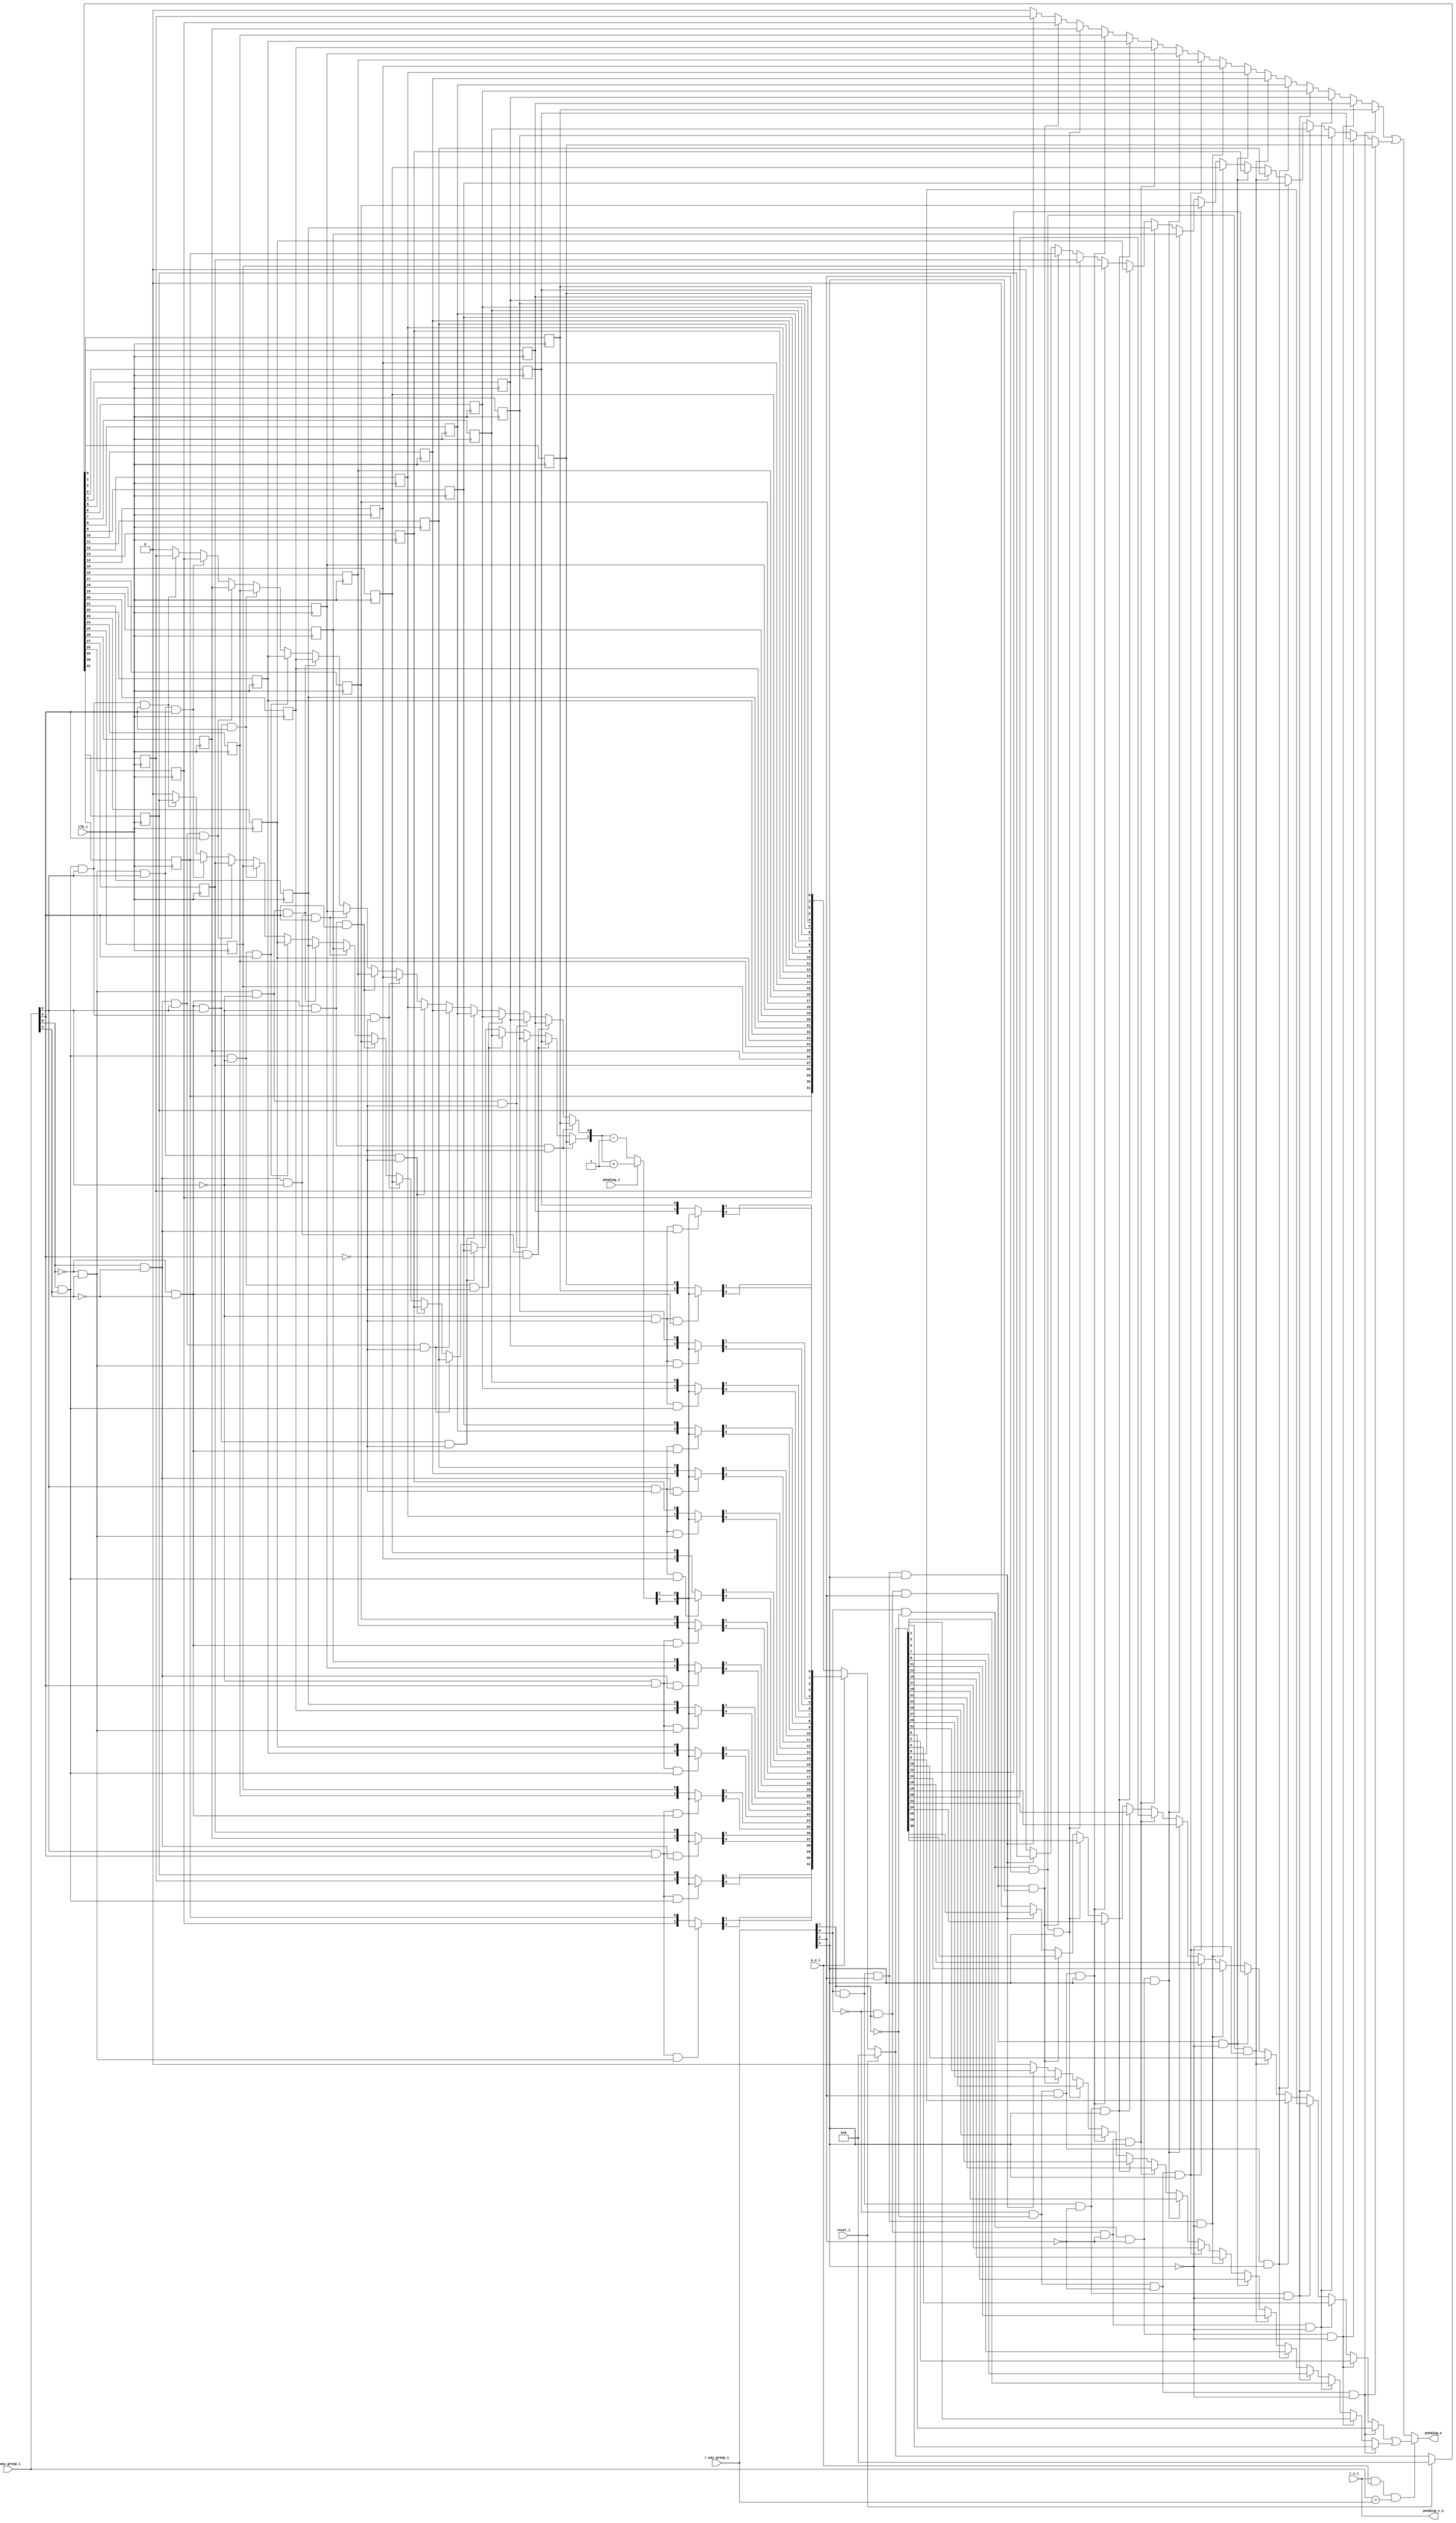
// This program was cloned from: https://github.com/NYU-MLDA/OpenABC
// License: BSD 3-Clause "New" or "Revised" License

module bp_cce_pending_num_way_groups_p16
(
  clk_i,
  reset_i,
  w_v_i,
  w_way_group_i,
  pending_i,
  r_v_i,
  r_way_group_i,
  pending_o,
  pending_v_o
);

  input [3:0] w_way_group_i;
  input [3:0] r_way_group_i;
  input clk_i;
  input reset_i;
  input w_v_i;
  input pending_i;
  input r_v_i;
  output pending_o;
  output pending_v_o;
  wire pending_o,pending_v_o,N0,N1,N2,N3,N4,N5,N6,N7,N8,N9,N10,N11,N12,N13,N14,N15,N16,
  N17,N18,N19,N20,N21,N22,N23,N24,N25,N26,N27,N28,N29,N30,N31,N32,N33,N34,N35,N36,
  N37,N38,N39,N40,N41,N42,N43,N44,N45,N46,N47,N48,N49,N50,N51,N52,N53,N54,N55,N56,
  N57,N58,N59,N60,N61,N62,N63,N64,N65,N66,N67,N68,N69,N70,N71,N72,N73,N74,N75,N76,
  N77,N78,N79,N80,N81,N82,N83,N84,N85,N86,N87,N88,N89,N90,N91,N92,N93,N94,N95,N96,
  N97,N98,N99,N100,N101,N102,N103,N104,N105,N106,N107,N108,N109,N110,N111,N112,
  N113,N114,N115,N116,N117,N118,N119,N120,N121,N122,N123,N124,N125,N126,N127,N128,
  N129,N130,N131,N132,N133,N134,N135,N136,N137,N138,N139,N140,N141,N142,N143,N144,
  N145,N146,N147,N148,N149,N150,N151,N152,N153,N154,N155,N156,N157,N158,N159,N160,
  N161,N162,N163,N164,N165,N166,N167,N168,N169,N170,N171,N172,N173,N174,N175,N176,
  N177,N178,N179,N180,N181,N182,N183,N184,N185,N186,N187,N188,N189,N190,N191,N192,
  N193,N194,N195,N196,N197,N198,N199,N200,N201,N202,N203,N204,N205,N206,N207,N208,
  N209,N210,N211,N212,N213,N214,N215,N216,N217,N218,N219,N220,N221,N222,N223,N224,
  N225,N226,N227,N228,N229,N230,N231,N232,N233,N234,N235,N236,N237,N238,N239,N240,
  N241,N242,N243,N244,N245,N246,N247,N248,N249,N250,N251,N252,N253,N254,N255;
  wire [31:0] pending_bits_r,pending_bits_n;
  reg pending_bits_r_31_sv2v_reg,pending_bits_r_30_sv2v_reg,
  pending_bits_r_29_sv2v_reg,pending_bits_r_28_sv2v_reg,pending_bits_r_27_sv2v_reg,
  pending_bits_r_26_sv2v_reg,pending_bits_r_25_sv2v_reg,pending_bits_r_24_sv2v_reg,
  pending_bits_r_23_sv2v_reg,pending_bits_r_22_sv2v_reg,pending_bits_r_21_sv2v_reg,
  pending_bits_r_20_sv2v_reg,pending_bits_r_19_sv2v_reg,pending_bits_r_18_sv2v_reg,
  pending_bits_r_17_sv2v_reg,pending_bits_r_16_sv2v_reg,pending_bits_r_15_sv2v_reg,
  pending_bits_r_14_sv2v_reg,pending_bits_r_13_sv2v_reg,pending_bits_r_12_sv2v_reg,
  pending_bits_r_11_sv2v_reg,pending_bits_r_10_sv2v_reg,pending_bits_r_9_sv2v_reg,
  pending_bits_r_8_sv2v_reg,pending_bits_r_7_sv2v_reg,pending_bits_r_6_sv2v_reg,
  pending_bits_r_5_sv2v_reg,pending_bits_r_4_sv2v_reg,pending_bits_r_3_sv2v_reg,
  pending_bits_r_2_sv2v_reg,pending_bits_r_1_sv2v_reg,pending_bits_r_0_sv2v_reg;
  assign pending_bits_r[31] = pending_bits_r_31_sv2v_reg;
  assign pending_bits_r[30] = pending_bits_r_30_sv2v_reg;
  assign pending_bits_r[29] = pending_bits_r_29_sv2v_reg;
  assign pending_bits_r[28] = pending_bits_r_28_sv2v_reg;
  assign pending_bits_r[27] = pending_bits_r_27_sv2v_reg;
  assign pending_bits_r[26] = pending_bits_r_26_sv2v_reg;
  assign pending_bits_r[25] = pending_bits_r_25_sv2v_reg;
  assign pending_bits_r[24] = pending_bits_r_24_sv2v_reg;
  assign pending_bits_r[23] = pending_bits_r_23_sv2v_reg;
  assign pending_bits_r[22] = pending_bits_r_22_sv2v_reg;
  assign pending_bits_r[21] = pending_bits_r_21_sv2v_reg;
  assign pending_bits_r[20] = pending_bits_r_20_sv2v_reg;
  assign pending_bits_r[19] = pending_bits_r_19_sv2v_reg;
  assign pending_bits_r[18] = pending_bits_r_18_sv2v_reg;
  assign pending_bits_r[17] = pending_bits_r_17_sv2v_reg;
  assign pending_bits_r[16] = pending_bits_r_16_sv2v_reg;
  assign pending_bits_r[15] = pending_bits_r_15_sv2v_reg;
  assign pending_bits_r[14] = pending_bits_r_14_sv2v_reg;
  assign pending_bits_r[13] = pending_bits_r_13_sv2v_reg;
  assign pending_bits_r[12] = pending_bits_r_12_sv2v_reg;
  assign pending_bits_r[11] = pending_bits_r_11_sv2v_reg;
  assign pending_bits_r[10] = pending_bits_r_10_sv2v_reg;
  assign pending_bits_r[9] = pending_bits_r_9_sv2v_reg;
  assign pending_bits_r[8] = pending_bits_r_8_sv2v_reg;
  assign pending_bits_r[7] = pending_bits_r_7_sv2v_reg;
  assign pending_bits_r[6] = pending_bits_r_6_sv2v_reg;
  assign pending_bits_r[5] = pending_bits_r_5_sv2v_reg;
  assign pending_bits_r[4] = pending_bits_r_4_sv2v_reg;
  assign pending_bits_r[3] = pending_bits_r_3_sv2v_reg;
  assign pending_bits_r[2] = pending_bits_r_2_sv2v_reg;
  assign pending_bits_r[1] = pending_bits_r_1_sv2v_reg;
  assign pending_bits_r[0] = pending_bits_r_0_sv2v_reg;
  assign pending_v_o = r_v_i;

  always @(posedge clk_i) begin
    if(1'b1) begin
      pending_bits_r_31_sv2v_reg <= N63;
    end 
  end


  always @(posedge clk_i) begin
    if(1'b1) begin
      pending_bits_r_30_sv2v_reg <= N62;
    end 
  end


  always @(posedge clk_i) begin
    if(1'b1) begin
      pending_bits_r_29_sv2v_reg <= N61;
    end 
  end


  always @(posedge clk_i) begin
    if(1'b1) begin
      pending_bits_r_28_sv2v_reg <= N60;
    end 
  end


  always @(posedge clk_i) begin
    if(1'b1) begin
      pending_bits_r_27_sv2v_reg <= N59;
    end 
  end


  always @(posedge clk_i) begin
    if(1'b1) begin
      pending_bits_r_26_sv2v_reg <= N58;
    end 
  end


  always @(posedge clk_i) begin
    if(1'b1) begin
      pending_bits_r_25_sv2v_reg <= N57;
    end 
  end


  always @(posedge clk_i) begin
    if(1'b1) begin
      pending_bits_r_24_sv2v_reg <= N56;
    end 
  end


  always @(posedge clk_i) begin
    if(1'b1) begin
      pending_bits_r_23_sv2v_reg <= N55;
    end 
  end


  always @(posedge clk_i) begin
    if(1'b1) begin
      pending_bits_r_22_sv2v_reg <= N54;
    end 
  end


  always @(posedge clk_i) begin
    if(1'b1) begin
      pending_bits_r_21_sv2v_reg <= N53;
    end 
  end


  always @(posedge clk_i) begin
    if(1'b1) begin
      pending_bits_r_20_sv2v_reg <= N52;
    end 
  end


  always @(posedge clk_i) begin
    if(1'b1) begin
      pending_bits_r_19_sv2v_reg <= N51;
    end 
  end


  always @(posedge clk_i) begin
    if(1'b1) begin
      pending_bits_r_18_sv2v_reg <= N50;
    end 
  end


  always @(posedge clk_i) begin
    if(1'b1) begin
      pending_bits_r_17_sv2v_reg <= N49;
    end 
  end


  always @(posedge clk_i) begin
    if(1'b1) begin
      pending_bits_r_16_sv2v_reg <= N48;
    end 
  end


  always @(posedge clk_i) begin
    if(1'b1) begin
      pending_bits_r_15_sv2v_reg <= N47;
    end 
  end


  always @(posedge clk_i) begin
    if(1'b1) begin
      pending_bits_r_14_sv2v_reg <= N46;
    end 
  end


  always @(posedge clk_i) begin
    if(1'b1) begin
      pending_bits_r_13_sv2v_reg <= N45;
    end 
  end


  always @(posedge clk_i) begin
    if(1'b1) begin
      pending_bits_r_12_sv2v_reg <= N44;
    end 
  end


  always @(posedge clk_i) begin
    if(1'b1) begin
      pending_bits_r_11_sv2v_reg <= N43;
    end 
  end


  always @(posedge clk_i) begin
    if(1'b1) begin
      pending_bits_r_10_sv2v_reg <= N42;
    end 
  end


  always @(posedge clk_i) begin
    if(1'b1) begin
      pending_bits_r_9_sv2v_reg <= N41;
    end 
  end


  always @(posedge clk_i) begin
    if(1'b1) begin
      pending_bits_r_8_sv2v_reg <= N40;
    end 
  end


  always @(posedge clk_i) begin
    if(1'b1) begin
      pending_bits_r_7_sv2v_reg <= N39;
    end 
  end


  always @(posedge clk_i) begin
    if(1'b1) begin
      pending_bits_r_6_sv2v_reg <= N38;
    end 
  end


  always @(posedge clk_i) begin
    if(1'b1) begin
      pending_bits_r_5_sv2v_reg <= N37;
    end 
  end


  always @(posedge clk_i) begin
    if(1'b1) begin
      pending_bits_r_4_sv2v_reg <= N36;
    end 
  end


  always @(posedge clk_i) begin
    if(1'b1) begin
      pending_bits_r_3_sv2v_reg <= N35;
    end 
  end


  always @(posedge clk_i) begin
    if(1'b1) begin
      pending_bits_r_2_sv2v_reg <= N34;
    end 
  end


  always @(posedge clk_i) begin
    if(1'b1) begin
      pending_bits_r_1_sv2v_reg <= N33;
    end 
  end


  always @(posedge clk_i) begin
    if(1'b1) begin
      pending_bits_r_0_sv2v_reg <= N32;
    end 
  end

  assign N100 = (N84)? pending_bits_r[1] : 
                (N86)? pending_bits_r[3] : 
                (N88)? pending_bits_r[5] : 
                (N90)? pending_bits_r[7] : 
                (N92)? pending_bits_r[9] : 
                (N94)? pending_bits_r[11] : 
                (N96)? pending_bits_r[13] : 
                (N98)? pending_bits_r[15] : 
                (N85)? pending_bits_r[17] : 
                (N87)? pending_bits_r[19] : 
                (N89)? pending_bits_r[21] : 
                (N91)? pending_bits_r[23] : 
                (N93)? pending_bits_r[25] : 
                (N95)? pending_bits_r[27] : 
                (N97)? pending_bits_r[29] : 
                (N99)? pending_bits_r[31] : 1'b0;
  assign N101 = (N84)? pending_bits_r[0] : 
                (N86)? pending_bits_r[2] : 
                (N88)? pending_bits_r[4] : 
                (N90)? pending_bits_r[6] : 
                (N92)? pending_bits_r[8] : 
                (N94)? pending_bits_r[10] : 
                (N96)? pending_bits_r[12] : 
                (N98)? pending_bits_r[14] : 
                (N85)? pending_bits_r[16] : 
                (N87)? pending_bits_r[18] : 
                (N89)? pending_bits_r[20] : 
                (N91)? pending_bits_r[22] : 
                (N93)? pending_bits_r[24] : 
                (N95)? pending_bits_r[26] : 
                (N97)? pending_bits_r[28] : 
                (N99)? pending_bits_r[30] : 1'b0;
  assign N104 = (N84)? pending_bits_r[1] : 
                (N86)? pending_bits_r[3] : 
                (N88)? pending_bits_r[5] : 
                (N90)? pending_bits_r[7] : 
                (N92)? pending_bits_r[9] : 
                (N94)? pending_bits_r[11] : 
                (N96)? pending_bits_r[13] : 
                (N98)? pending_bits_r[15] : 
                (N85)? pending_bits_r[17] : 
                (N87)? pending_bits_r[19] : 
                (N89)? pending_bits_r[21] : 
                (N91)? pending_bits_r[23] : 
                (N93)? pending_bits_r[25] : 
                (N95)? pending_bits_r[27] : 
                (N97)? pending_bits_r[29] : 
                (N99)? pending_bits_r[31] : 1'b0;
  assign N105 = (N84)? pending_bits_r[0] : 
                (N86)? pending_bits_r[2] : 
                (N88)? pending_bits_r[4] : 
                (N90)? pending_bits_r[6] : 
                (N92)? pending_bits_r[8] : 
                (N94)? pending_bits_r[10] : 
                (N96)? pending_bits_r[12] : 
                (N98)? pending_bits_r[14] : 
                (N85)? pending_bits_r[16] : 
                (N87)? pending_bits_r[18] : 
                (N89)? pending_bits_r[20] : 
                (N91)? pending_bits_r[22] : 
                (N93)? pending_bits_r[24] : 
                (N95)? pending_bits_r[26] : 
                (N97)? pending_bits_r[28] : 
                (N99)? pending_bits_r[30] : 1'b0;
  assign N206 = w_way_group_i == r_way_group_i;
  assign N241 = (N225)? pending_bits_n[1] : 
                (N227)? pending_bits_n[3] : 
                (N229)? pending_bits_n[5] : 
                (N231)? pending_bits_n[7] : 
                (N233)? pending_bits_n[9] : 
                (N235)? pending_bits_n[11] : 
                (N237)? pending_bits_n[13] : 
                (N239)? pending_bits_n[15] : 
                (N226)? pending_bits_n[17] : 
                (N228)? pending_bits_n[19] : 
                (N230)? pending_bits_n[21] : 
                (N232)? pending_bits_n[23] : 
                (N234)? pending_bits_n[25] : 
                (N236)? pending_bits_n[27] : 
                (N238)? pending_bits_n[29] : 
                (N240)? pending_bits_n[31] : 1'b0;
  assign N242 = (N225)? pending_bits_n[0] : 
                (N227)? pending_bits_n[2] : 
                (N229)? pending_bits_n[4] : 
                (N231)? pending_bits_n[6] : 
                (N233)? pending_bits_n[8] : 
                (N235)? pending_bits_n[10] : 
                (N237)? pending_bits_n[12] : 
                (N239)? pending_bits_n[14] : 
                (N226)? pending_bits_n[16] : 
                (N228)? pending_bits_n[18] : 
                (N230)? pending_bits_n[20] : 
                (N232)? pending_bits_n[22] : 
                (N234)? pending_bits_n[24] : 
                (N236)? pending_bits_n[26] : 
                (N238)? pending_bits_n[28] : 
                (N240)? pending_bits_n[30] : 1'b0;
  assign N243 = (N225)? pending_bits_r[1] : 
                (N227)? pending_bits_r[3] : 
                (N229)? pending_bits_r[5] : 
                (N231)? pending_bits_r[7] : 
                (N233)? pending_bits_r[9] : 
                (N235)? pending_bits_r[11] : 
                (N237)? pending_bits_r[13] : 
                (N239)? pending_bits_r[15] : 
                (N226)? pending_bits_r[17] : 
                (N228)? pending_bits_r[19] : 
                (N230)? pending_bits_r[21] : 
                (N232)? pending_bits_r[23] : 
                (N234)? pending_bits_r[25] : 
                (N236)? pending_bits_r[27] : 
                (N238)? pending_bits_r[29] : 
                (N240)? pending_bits_r[31] : 1'b0;
  assign N244 = (N225)? pending_bits_r[0] : 
                (N227)? pending_bits_r[2] : 
                (N229)? pending_bits_r[4] : 
                (N231)? pending_bits_r[6] : 
                (N233)? pending_bits_r[8] : 
                (N235)? pending_bits_r[10] : 
                (N237)? pending_bits_r[12] : 
                (N239)? pending_bits_r[14] : 
                (N226)? pending_bits_r[16] : 
                (N228)? pending_bits_r[18] : 
                (N230)? pending_bits_r[20] : 
                (N232)? pending_bits_r[22] : 
                (N234)? pending_bits_r[24] : 
                (N236)? pending_bits_r[26] : 
                (N238)? pending_bits_r[28] : 
                (N240)? pending_bits_r[30] : 1'b0;
  assign N245 = N242 | N241;
  assign N246 = N244 | N243;
  assign { N103, N102 } = { N100, N101 } + 1'b1;
  assign { N107, N106 } = { N104, N105 } - 1'b1;
  assign N247 = w_way_group_i[2] & w_way_group_i[3];
  assign N248 = N0 & w_way_group_i[3];
  assign N0 = ~w_way_group_i[2];
  assign N249 = w_way_group_i[2] & N1;
  assign N1 = ~w_way_group_i[3];
  assign N250 = N2 & N3;
  assign N2 = ~w_way_group_i[2];
  assign N3 = ~w_way_group_i[3];
  assign N251 = w_way_group_i[0] & w_way_group_i[1];
  assign N252 = N4 & w_way_group_i[1];
  assign N4 = ~w_way_group_i[0];
  assign N253 = w_way_group_i[0] & N5;
  assign N5 = ~w_way_group_i[1];
  assign N254 = N6 & N7;
  assign N6 = ~w_way_group_i[0];
  assign N7 = ~w_way_group_i[1];
  assign N125 = N247 & N251;
  assign N124 = N247 & N252;
  assign N123 = N247 & N253;
  assign N122 = N247 & N254;
  assign N121 = N248 & N251;
  assign N120 = N248 & N252;
  assign N119 = N248 & N253;
  assign N118 = N248 & N254;
  assign N117 = N249 & N251;
  assign N116 = N249 & N252;
  assign N115 = N249 & N253;
  assign N114 = N249 & N254;
  assign N113 = N250 & N251;
  assign N112 = N250 & N252;
  assign N111 = N250 & N253;
  assign N110 = N250 & N254;
  assign { N63, N62, N61, N60, N59, N58, N57, N56, N55, N54, N53, N52, N51, N50, N49, N48, N47, N46, N45, N44, N43, N42, N41, N40, N39, N38, N37, N36, N35, N34, N33, N32 } = (N8)? { 1'b0, 1'b0, 1'b0, 1'b0, 1'b0, 1'b0, 1'b0, 1'b0, 1'b0, 1'b0, 1'b0, 1'b0, 1'b0, 1'b0, 1'b0, 1'b0, 1'b0, 1'b0, 1'b0, 1'b0, 1'b0, 1'b0, 1'b0, 1'b0, 1'b0, 1'b0, 1'b0, 1'b0, 1'b0, 1'b0, 1'b0, 1'b0 } : 
                                                                                                                                                                              (N9)? pending_bits_n : 1'b0;
  assign N8 = reset_i;
  assign N9 = N31;
  assign { N109, N108 } = (N10)? { N103, N102 } : 
                          (N11)? { N107, N106 } : 1'b0;
  assign N10 = pending_i;
  assign N11 = N67;
  assign { N128, N127 } = (N12)? { N108, N109 } : 
                          (N126)? { pending_bits_r[0:0], pending_bits_r[1:1] } : 1'b0;
  assign N12 = N110;
  assign { N131, N130 } = (N13)? { N108, N109 } : 
                          (N129)? { pending_bits_r[2:2], pending_bits_r[3:3] } : 1'b0;
  assign N13 = N111;
  assign { N134, N133 } = (N14)? { N108, N109 } : 
                          (N132)? { pending_bits_r[4:4], pending_bits_r[5:5] } : 1'b0;
  assign N14 = N112;
  assign { N137, N136 } = (N15)? { N108, N109 } : 
                          (N135)? { pending_bits_r[6:6], pending_bits_r[7:7] } : 1'b0;
  assign N15 = N113;
  assign { N140, N139 } = (N16)? { N108, N109 } : 
                          (N138)? { pending_bits_r[8:8], pending_bits_r[9:9] } : 1'b0;
  assign N16 = N114;
  assign { N143, N142 } = (N17)? { N108, N109 } : 
                          (N141)? { pending_bits_r[10:10], pending_bits_r[11:11] } : 1'b0;
  assign N17 = N115;
  assign { N146, N145 } = (N18)? { N108, N109 } : 
                          (N144)? { pending_bits_r[12:12], pending_bits_r[13:13] } : 1'b0;
  assign N18 = N116;
  assign { N149, N148 } = (N19)? { N108, N109 } : 
                          (N147)? { pending_bits_r[14:14], pending_bits_r[15:15] } : 1'b0;
  assign N19 = N117;
  assign { N152, N151 } = (N20)? { N108, N109 } : 
                          (N150)? { pending_bits_r[16:16], pending_bits_r[17:17] } : 1'b0;
  assign N20 = N118;
  assign { N155, N154 } = (N21)? { N108, N109 } : 
                          (N153)? { pending_bits_r[18:18], pending_bits_r[19:19] } : 1'b0;
  assign N21 = N119;
  assign { N158, N157 } = (N22)? { N108, N109 } : 
                          (N156)? { pending_bits_r[20:20], pending_bits_r[21:21] } : 1'b0;
  assign N22 = N120;
  assign { N161, N160 } = (N23)? { N108, N109 } : 
                          (N159)? { pending_bits_r[22:22], pending_bits_r[23:23] } : 1'b0;
  assign N23 = N121;
  assign { N164, N163 } = (N24)? { N108, N109 } : 
                          (N162)? { pending_bits_r[24:24], pending_bits_r[25:25] } : 1'b0;
  assign N24 = N122;
  assign { N167, N166 } = (N25)? { N108, N109 } : 
                          (N165)? { pending_bits_r[26:26], pending_bits_r[27:27] } : 1'b0;
  assign N25 = N123;
  assign { N170, N169 } = (N26)? { N108, N109 } : 
                          (N168)? { pending_bits_r[28:28], pending_bits_r[29:29] } : 1'b0;
  assign N26 = N124;
  assign { N173, N172 } = (N27)? { N108, N109 } : 
                          (N171)? { pending_bits_r[30:30], pending_bits_r[31:31] } : 1'b0;
  assign N27 = N125;
  assign { N205, N204, N203, N202, N201, N200, N199, N198, N197, N196, N195, N194, N193, N192, N191, N190, N189, N188, N187, N186, N185, N184, N183, N182, N181, N180, N179, N178, N177, N176, N175, N174 } = (N28)? { N172, N173, N169, N170, N166, N167, N163, N164, N160, N161, N157, N158, N154, N155, N151, N152, N148, N149, N145, N146, N142, N143, N139, N140, N136, N137, N133, N134, N130, N131, N127, N128 } : 
                                                                                                                                                                                                              (N29)? pending_bits_r : 1'b0;
  assign N28 = w_v_i;
  assign N29 = N65;
  assign pending_bits_n = (N8)? { 1'b0, 1'b0, 1'b0, 1'b0, 1'b0, 1'b0, 1'b0, 1'b0, 1'b0, 1'b0, 1'b0, 1'b0, 1'b0, 1'b0, 1'b0, 1'b0, 1'b0, 1'b0, 1'b0, 1'b0, 1'b0, 1'b0, 1'b0, 1'b0, 1'b0, 1'b0, 1'b0, 1'b0, 1'b0, 1'b0, 1'b0, 1'b0 } : 
                          (N9)? { N205, N204, N203, N202, N201, N200, N199, N198, N197, N196, N195, N194, N193, N192, N191, N190, N189, N188, N187, N186, N185, N184, N183, N182, N181, N180, N179, N178, N177, N176, N175, N174 } : 1'b0;
  assign pending_o = (N30)? N245 : 
                     (N208)? N246 : 1'b0;
  assign N30 = N207;
  assign N31 = ~reset_i;
  assign N64 = N31;
  assign N65 = ~w_v_i;
  assign N66 = N64 & w_v_i;
  assign N67 = ~pending_i;
  assign N68 = ~w_way_group_i[0];
  assign N69 = ~w_way_group_i[1];
  assign N70 = N68 & N69;
  assign N71 = N68 & w_way_group_i[1];
  assign N72 = w_way_group_i[0] & N69;
  assign N73 = w_way_group_i[0] & w_way_group_i[1];
  assign N74 = ~w_way_group_i[2];
  assign N75 = N70 & N74;
  assign N76 = N70 & w_way_group_i[2];
  assign N77 = N72 & N74;
  assign N78 = N72 & w_way_group_i[2];
  assign N79 = N71 & N74;
  assign N80 = N71 & w_way_group_i[2];
  assign N81 = N73 & N74;
  assign N82 = N73 & w_way_group_i[2];
  assign N83 = ~w_way_group_i[3];
  assign N84 = N75 & N83;
  assign N85 = N75 & w_way_group_i[3];
  assign N86 = N77 & N83;
  assign N87 = N77 & w_way_group_i[3];
  assign N88 = N79 & N83;
  assign N89 = N79 & w_way_group_i[3];
  assign N90 = N81 & N83;
  assign N91 = N81 & w_way_group_i[3];
  assign N92 = N76 & N83;
  assign N93 = N76 & w_way_group_i[3];
  assign N94 = N78 & N83;
  assign N95 = N78 & w_way_group_i[3];
  assign N96 = N80 & N83;
  assign N97 = N80 & w_way_group_i[3];
  assign N98 = N82 & N83;
  assign N99 = N82 & w_way_group_i[3];
  assign N126 = ~N110;
  assign N129 = ~N111;
  assign N132 = ~N112;
  assign N135 = ~N113;
  assign N138 = ~N114;
  assign N141 = ~N115;
  assign N144 = ~N116;
  assign N147 = ~N117;
  assign N150 = ~N118;
  assign N153 = ~N119;
  assign N156 = ~N120;
  assign N159 = ~N121;
  assign N162 = ~N122;
  assign N165 = ~N123;
  assign N168 = ~N124;
  assign N171 = ~N125;
  assign N207 = N255 & N206;
  assign N255 = pending_v_o & w_v_i;
  assign N208 = ~N207;
  assign N209 = ~r_way_group_i[0];
  assign N210 = ~r_way_group_i[1];
  assign N211 = N209 & N210;
  assign N212 = N209 & r_way_group_i[1];
  assign N213 = r_way_group_i[0] & N210;
  assign N214 = r_way_group_i[0] & r_way_group_i[1];
  assign N215 = ~r_way_group_i[2];
  assign N216 = N211 & N215;
  assign N217 = N211 & r_way_group_i[2];
  assign N218 = N213 & N215;
  assign N219 = N213 & r_way_group_i[2];
  assign N220 = N212 & N215;
  assign N221 = N212 & r_way_group_i[2];
  assign N222 = N214 & N215;
  assign N223 = N214 & r_way_group_i[2];
  assign N224 = ~r_way_group_i[3];
  assign N225 = N216 & N224;
  assign N226 = N216 & r_way_group_i[3];
  assign N227 = N218 & N224;
  assign N228 = N218 & r_way_group_i[3];
  assign N229 = N220 & N224;
  assign N230 = N220 & r_way_group_i[3];
  assign N231 = N222 & N224;
  assign N232 = N222 & r_way_group_i[3];
  assign N233 = N217 & N224;
  assign N234 = N217 & r_way_group_i[3];
  assign N235 = N219 & N224;
  assign N236 = N219 & r_way_group_i[3];
  assign N237 = N221 & N224;
  assign N238 = N221 & r_way_group_i[3];
  assign N239 = N223 & N224;
  assign N240 = N223 & r_way_group_i[3];

endmodule